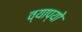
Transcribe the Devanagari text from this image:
व्याप्यो